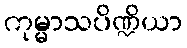
ကုမ္မာသပိဏ္ဍိယာ